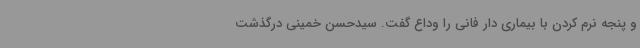
و پنجه نرم کردن با بیماری دار فانی را وداع گفت. سیدحسن خمینی درگذشت